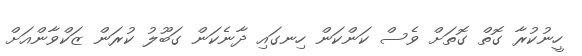
ހީނުކުރާ ގޮތް ގޮތަށް ވެސް ކަންކަން ހިނގައި ދާނެކަން ގަބޫލު ކުރަން ޒަކްވާންއަށް